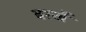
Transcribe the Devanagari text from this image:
बरखै